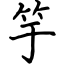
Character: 竽